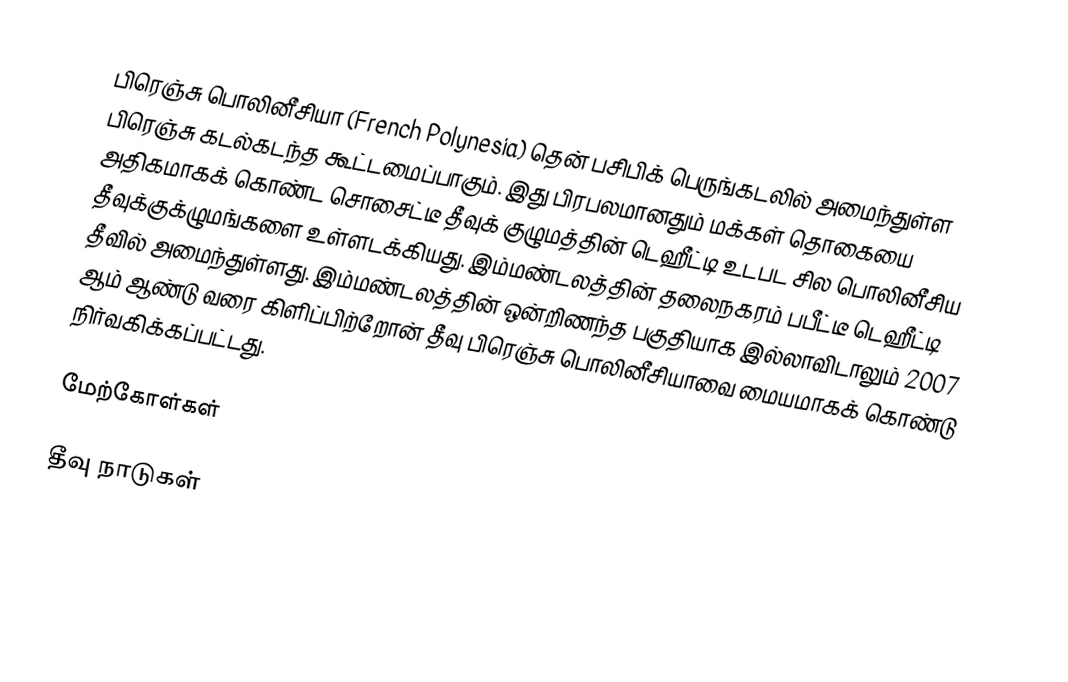
பிரெஞ்சு பொலினீசியா (French Polynesia) தென் பசிபிக் பெருங்கடலில் அமைந்துள்ள பிரெஞ்சு கடல்கடந்த கூட்டமைப்பாகும்.  இது பிரபலமானதும் மக்கள் தொகையை அதிகமாகக் கொண்ட சொசைட்டீ தீவுக் குழுமத்தின் டெஹீட்டி உடபட சில பொலினீசிய தீவுக்குக்ழுமங்களை உள்ளடக்கியது. இம்மண்டலத்தின் தலைநகரம் பபீட்டீ டெஹீட்டி தீவில் அமைந்துள்ளது. இம்மண்டலத்தின் ஒன்றிணந்த பகுதியாக இல்லாவிடாலும் 2007 ஆம் ஆண்டு வரை கிளிப்பிற்றோன் தீவு பிரெஞ்சு பொலினீசியாவை மையமாகக் கொண்டு நிர்வகிக்கப்பட்டது.

மேற்கோள்கள்

தீவு நாடுகள்